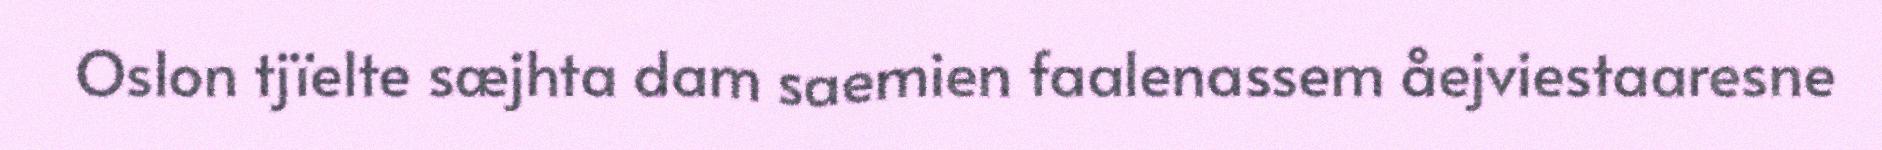
Oslon tjïelte sæjhta dam saemien faalenassem åejviestaaresne